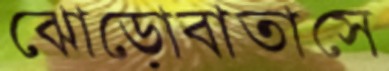
ঝোড়োবাতাসে